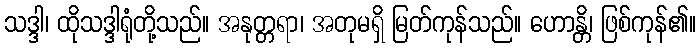
သဒ္ဒါ၊ ထိုသဒ္ဒါရုံတို့သည်။ အနုတ္တရာ၊ အတုမရှိ မြတ်ကုန်သည်။ ဟောန္တိ၊ ဖြစ်ကုန်၏။